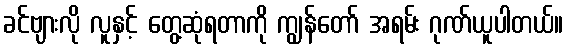
ခင်ဗျားလို လူနှင့် တွေ့ဆုံရတာကို ကျွန်တော် အရမ်း ဂုဏ်ယူပါတယ်။